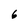
Character: 6